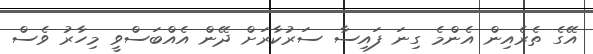
އޭގެ ތެރެއިން އެންމެ ގިނަ ފައިސާ ސަރުކާރަށް ދޭން އެއްބަސްވީ މިހާރު ވެސް